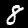
Digit: 8